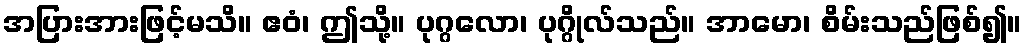
အပြားအားဖြင့်မသိ။ ဧဝံ၊ ဤသို့။ ပုဂ္ဂလော၊ ပုဂ္ဂိုလ်သည်။ အာမော၊ စိမ်းသည်ဖြစ်၍။